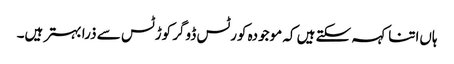
ہاں‌اتنا کہہ سکتے ہیں‌ کہ موجودہ کورٹس ڈوگر کوڑٹس سے ذرا بہتر ہیں۔